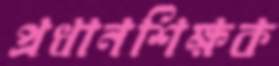
প্রধানশিক্ষক